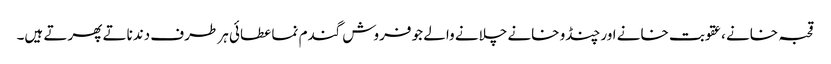
قحبہ خانے ،عقوبت خانے اور چنڈو خانے چلانے والے جو فروش گندم نما عطائی ہر طرف دندناتے پھرتے ہیں۔